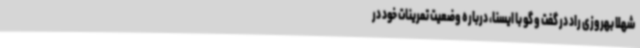
شهلا بهروزی راد در گفت و گو با ایسنا، درباره وضعیت تمرینات خود در